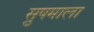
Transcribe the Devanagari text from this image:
सु़षमाला